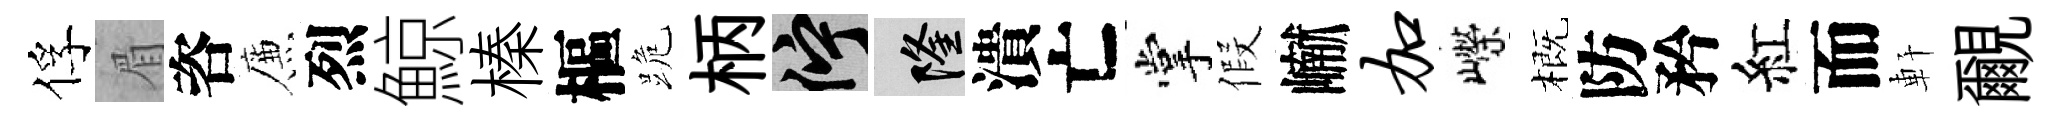
俘眉咨簾烈鯨榛樞跪柄伫隆潰亡掌假𪩘加嶸概防矜紅而軒覼